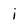
Character: i